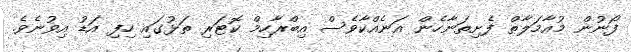
ފޯނުން މުއާމަލާތް ފެށިތަނާހެން އަނެއްކާވެސް އިބްރާހިމް ކޮޓަރި ތަޅުގައި ހިފި އަޑު އިވުނެވެ.